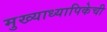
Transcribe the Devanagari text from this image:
मुख्याध्यापिकेची